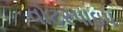
વોટરપાઇપ